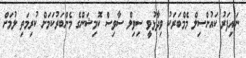
ނައިފަރު ކައުންސިލް މެމްބަރަކު ވިދާޅުވީ ސިވިލް ސާވިސް ކޮމިޝަންގެ މެންބަރުކަމަށް ކުރިމަތި ލުމަށް